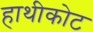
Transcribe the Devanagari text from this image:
हाथीकोट